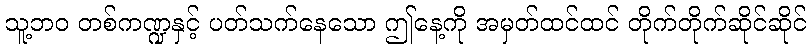
သူ့ဘဝ တစ်ကဏ္ဍနှင့် ပတ်သက်နေသော ဤနေ့ကို အမှတ်ထင်ထင် တိုက်တိုက်ဆိုင်ဆိုင်